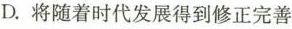
D.将随着时代发展得到修正完善